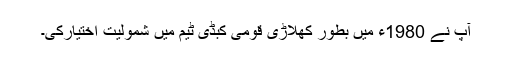
آپ نے 1980ء میں بطور کھلاڑی قومی کبڈی ٹیم میں شمولیت اختیارکی۔